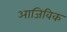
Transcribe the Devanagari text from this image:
आजिविक